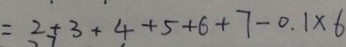
= 2 + 3 + 4 + 5 + 6 + 7 - 0 . 1 \times 6